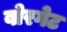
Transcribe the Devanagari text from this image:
बोरगेट